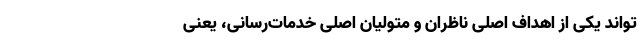
‌تواند یکی از اهداف اصلی ناظران و متولیان اصلی خدمات‌رسانی، یعنی